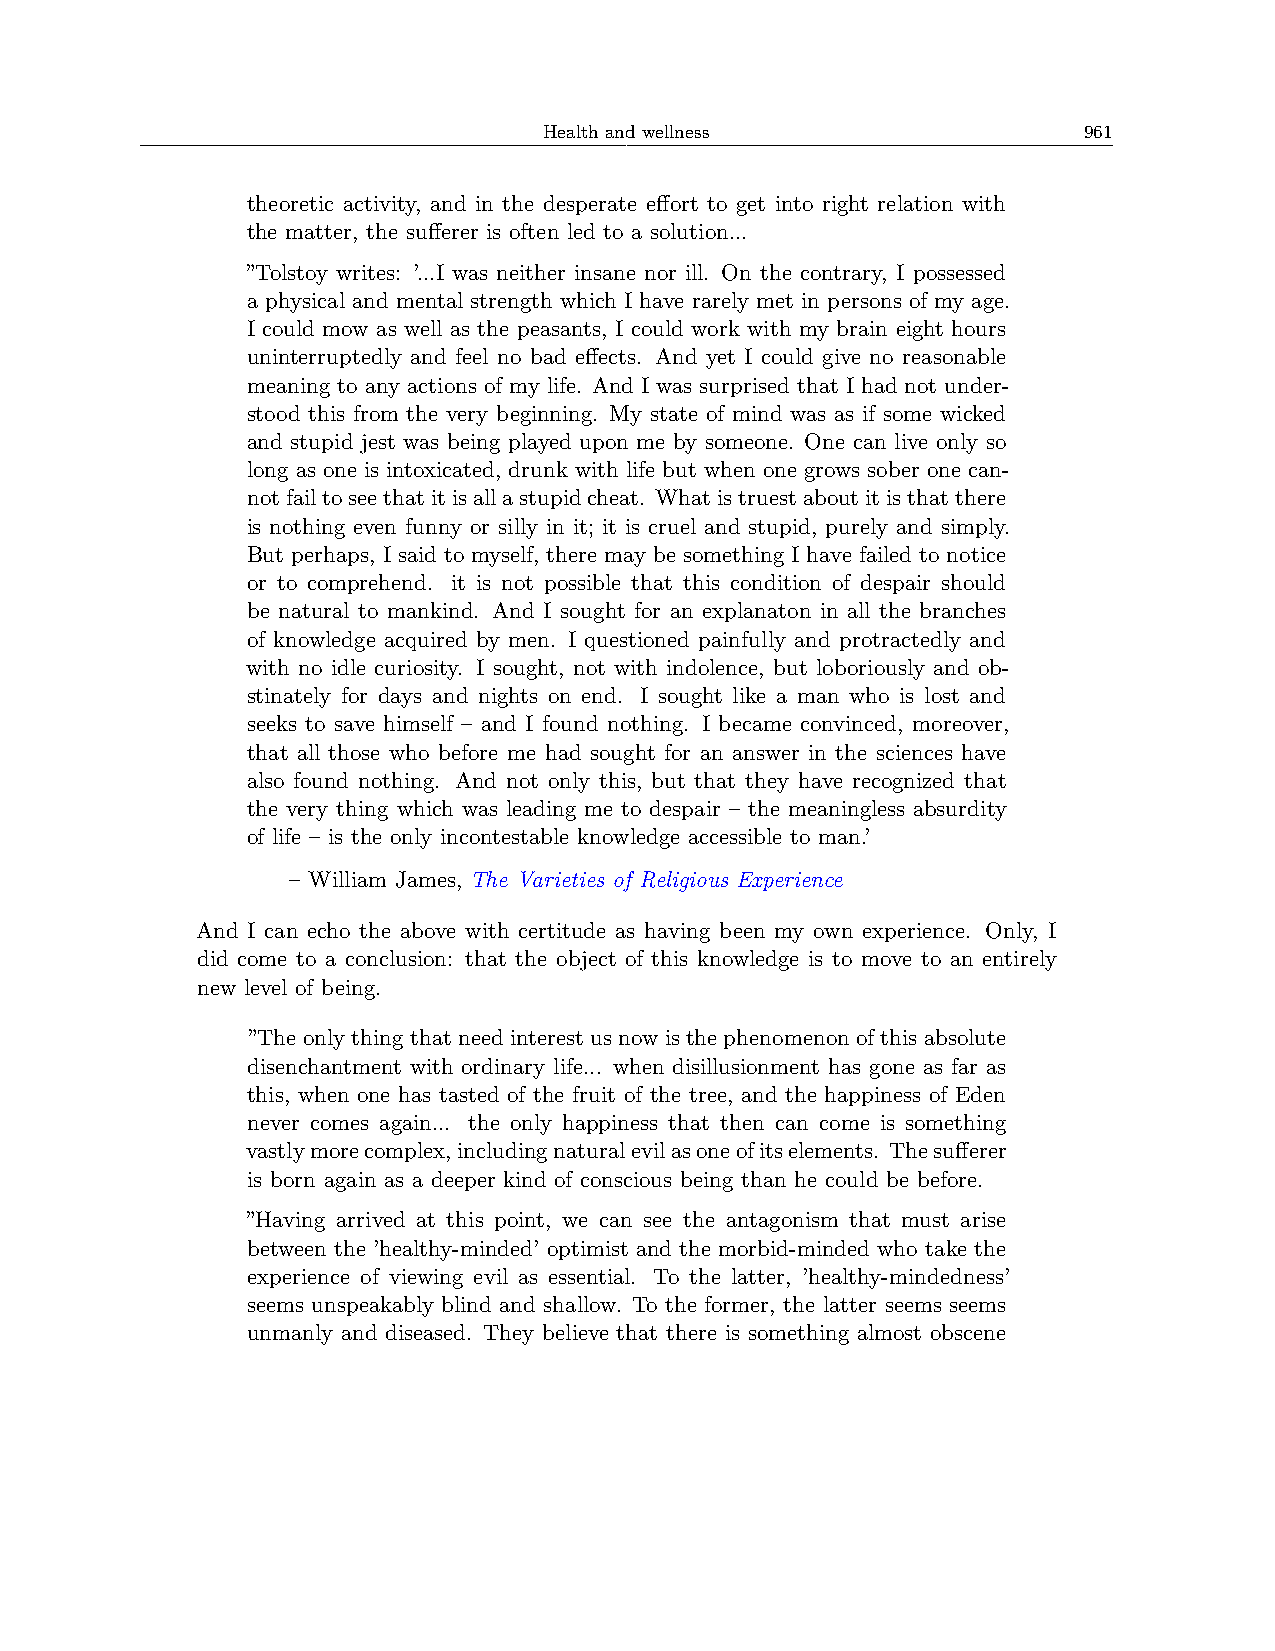
Health and wellness                 961
 theoretic activity, and in the desperate effort to get into right relation with
 the matter, the sufferer is often led to a solution...
 ”Tolstoy writes: ’...I was neither insane nor ill. On the contrary, I possessed
 a physical and mental strength which I have rarely met in persons of my age.
 I could mow as well as the peasants, I could work with my brain eight hours
 uninterruptedly and feel no bad effects. And yet I could give no reasonable
 meaning to any actions of my life. And I was surprised that I had not under-
 stood this from the very beginning. My state of mind was as if some wicked
 and stupid jest was being played upon me by someone. One can live only so
 long as one is intoxicated, drunk with life but when one grows sober one can-
 notfailtoseethatitisallastupidcheat. Whatistruestaboutitisthatthere
 is nothing even funny or silly in it; it is cruel and stupid, purely and simply.
 But perhaps, I said to myself, there may be something I have failed to notice
 or to comprehend. it is not possible that this condition of despair should
 be natural to mankind. And I sought for an explanaton in all the branches
 of knowledge acquired by men. I questioned painfully and protractedly and
 with no idle curiosity. I sought, not with indolence, but loboriously and ob-
 stinately for days and nights on end. I sought like a man who is lost and
 seeks to save himself – and I found nothing. I became convinced, moreover,
 that all those who before me had sought for an answer in the sciences have
 also found nothing. And not only this, but that they have recognized that
 the very thing which was leading me to despair – the meaningless absurdity
 of life – is the only incontestable knowledge accessible to man.’
 – William James, The Varieties of Religious Experience
 And I can echo the above with certitude as having been my own experience. Only, I
 did come to a conclusion: that the object of this knowledge is to move to an entirely
 new level of being.
 ”The only thing that need interest us now is the phenomenon of this absolute
 disenchantment with ordinary life... when disillusionment has gone as far as
 this, when one has tasted of the fruit of the tree, and the happiness of Eden
 never comes again... the only happiness that then can come is something
 vastlymorecomplex,includingnaturalevilasoneofitselements. Thesufferer
 is born again as a deeper kind of conscious being than he could be before.
 ”Having arrived at this point, we can see the antagonism that must arise
 between the ’healthy-minded’ optimist and the morbid-minded who take the
 experience of viewing evil as essential. To the latter, ’healthy-mindedness’
 seems unspeakably blind and shallow. To the former, the latter seems seems
 unmanly and diseased. They believe that there is something almost obscene